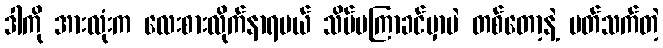
ဒါကို အားလုံးက လေးစားလိုက်နာရမယ် သိပ်မကြာခင်မှာပဲ တစ်တော့နဲ့ ပတ်သက်တဲ့